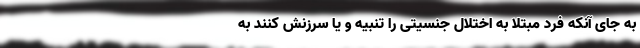
به جای آنکه فرد مبتلا به اختلال جنسیتی را تنبیه و یا سرزنش کنند به